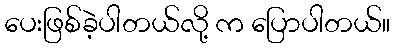
ပေးဖြစ်ခဲ့ပါတယ်လို့ က ပြောပါတယ်။